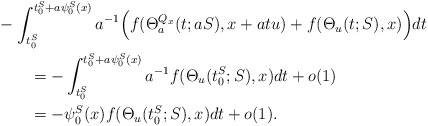
\begin{align*}\MoveEqLeft -\int_{t_0^S}^{t_0^S+a\psi_0^S(x)}a^{-1} \Big( f (\Theta_a^{Q_x} (t;aS),x+atu) + f (\Theta_u (t;S),x)\Big) dt \\&= -\int_{t_0^S}^{t_0^S+a\psi_0^S(x)} a^{-1} f (\Theta_u (t_0^S;S),x) dt +o(1)\\&= -\psi_0^S(x) f (\Theta_u (t_0^S;S),x) dt +o(1).\end{align*}